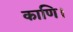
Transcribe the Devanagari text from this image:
काणि।